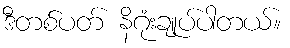
ဒီတစ်ပတ် နိဂုံးချုပ်ပါတယ်။